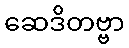
ဆေဒိတဗ္ဗာ